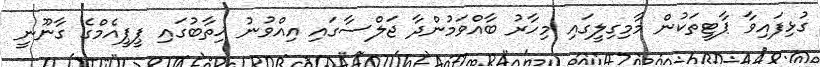
ގުޅިފައިވާ ޕާޓީތަކުން މާމިގިލީގައި މިހާރު ބާއްވަމުންދާ ޖަލްސާގައި އިއްވުނު ޚިތާބުގައި ޕީޕީއެމްގެ ގާނޫނީ